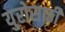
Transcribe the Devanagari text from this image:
युरोसाठी